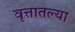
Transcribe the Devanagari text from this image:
वृत्तातल्या